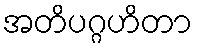
အတိပဂ္ဂဟိတာ